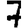
Digit: 7